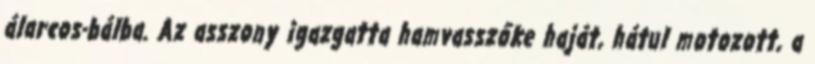
álarcos-bálba. Az asszony igazgatta hamvasszőke haját, hátul motozott, a